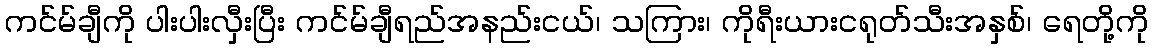
ကင်မ်ချီကို ပါးပါးလှီးပြီး ကင်မ်ချီရည်အနည်းငယ်၊ သကြား၊ ကိုရီးယားငရုတ်သီးအနှစ်၊ ရေတို့ကို